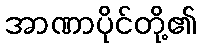
အာဏာပိုင်တို့၏